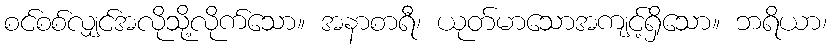
စင်စစ်လျှင်အလိုသို့လိုက်သော။ အနာစာရီ၊ ယုတ်မာသောအကျင့်ရှိသော။ ဘရိယာ၊